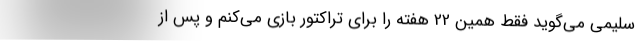
سلیمی می‌گوید فقط همین 22 هفته را برای تراکتور بازی می‌کنم و پس از